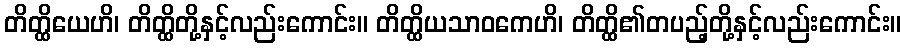
တိတ္ထိယေဟိ၊ တိတ္ထိတို့နှင့်လည်းကောင်း။ တိတ္ထိယသာဝကေဟိ၊ တိတ္ထိ၏တပည့်တို့နှင့်လည်းကောင်း။